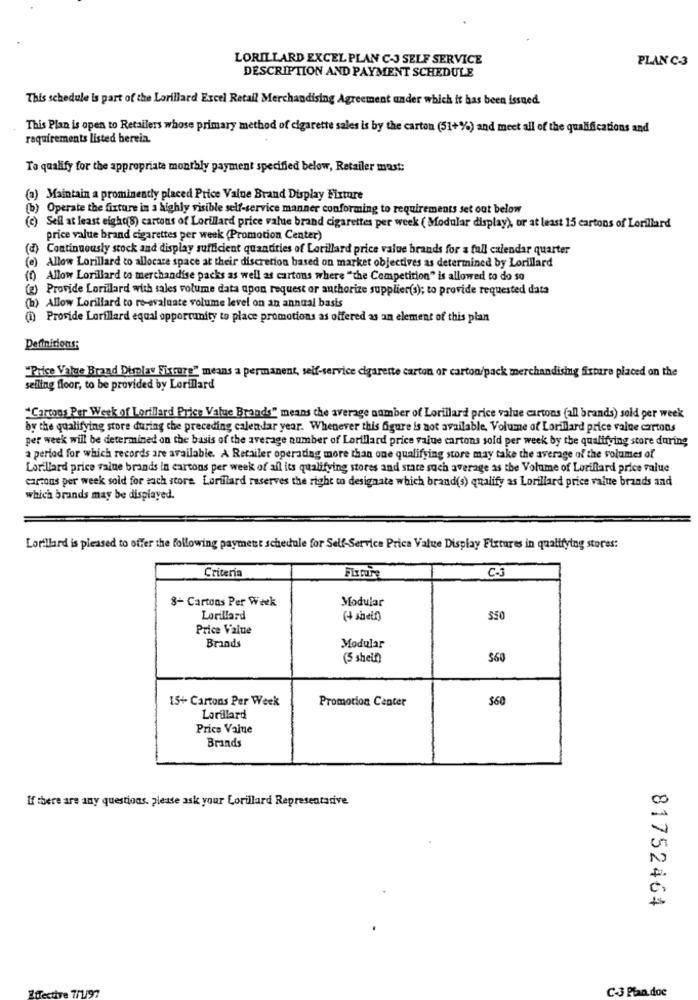
LORILLARD EXCEL PLAN C-3 SELF SERVICE
PLAN C-3
DESCRIPTION AND PAYMENT SCHEDULE
This schedule is part of the Lorillard Excel Retail Merchandising Agreement under which it has been issued.
This Plan is open to Retailers whose primary method of cigarette sales is by the carton (51+%) and meet all of the qualifications and
requirements listed bereia.
To qualify for the appropriate monthly payment specified below, Retailer must:
(2) Maintain a prominently placed Price Value Brand Display Fixture
(b) Operate the fixture in a highly visible self-service manner conforming to requirements set oot below
(c) Sell at least eight(8) cartons of Lorillard price value brand cigarettes per week ( Modular display), or at least 15 cartons of Lorillard
price value brand cigarettes per week (Promotion Center)
(d) Continuously stock and display sufficient quantities of Lorillard price value brands for a fall calendar quarter
(e) Allow Lorillard to allocate space at their discretion based on market objectives as determined by Lorillard
(0) Allow Lorillard to merchandise packs as well as cartons where "the Competition" is allowed to do so
(z) Provide Lorillard with sales volume data upon request or authorize supplier(s); to provide requested data
(b) Allow Lorillard to re-evaluate volume level on an annual basis
(i) Provide Lorillard equal opportunity to place promotions as offered as an element of this plan
Definitions:
"Price Value Brand Display Fixture" means a permanent, self-service cigarette carton or carton/pack merchandising fixture placed on the
selling floor, to be provided by Lorillard
"Cartons Per Week of Lorillard Price Value Brands" means the average number of Lorillard price value cartons (all brands) sold per week
by the qualifying store during the preceding calendar year. Whenever this figure is not available, Volume of Lorillard price value cartons
per week will be determined on the basis of the average number of Lorillard price value cartons sold per week by the qualifying store during
a period for which records are available. A Retailer operating more than one qualifying store may take the average of the volumes of
Lorillard price value brands in cartons per week of all its qualifying stores and stare such average as the Volume of Lorillard price value
carcons per week sold for each store Lorillard reserves the right to designate which brand(s) qualify as Lorillard price value brands and
which brands may be displayed.
Lorillard is pleased to offer the following payment schedule for Self-Service Prica Value Display Fixtures in qualifying stores:
C-3
Criteria
8- Cartons Per Week
Modular
Lorillard
(+ shelf)
$50
Price Value
Brands
Modular
(5 shelf)
560
15+ Cartons Per Week
Promotion Center
$60
Lorillard
Price Value
Brands
If there are any questions. please ask your Lorillard Representative
81752464
Effective 7/1/97
C-3 Plan doe